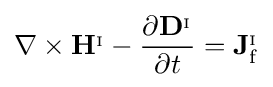
\nabla \times \mathbf {H} ^{_{\mathrm {I} }}-{\frac {\partial \mathbf {D} ^{_{\mathrm {I} }}}{\partial t}}=\mathbf {J} _{\mathrm {f} }^{_{\mathrm {I} }}